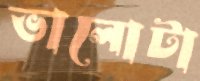
ভালোটা